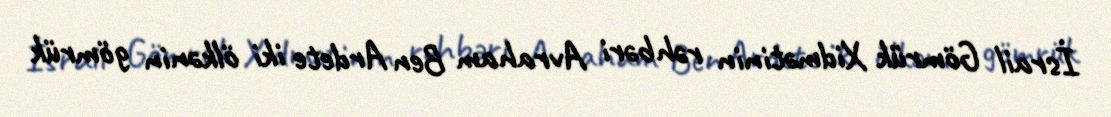
İsrail Gömrük Xidmətinin rəhbəri Avraham Ben Ardete iki ölkənin gömrük